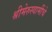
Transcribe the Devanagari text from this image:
श्रीमेरुस्वामींचे